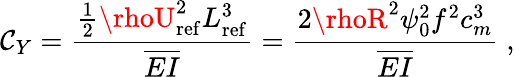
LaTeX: \mathcal{C}_{Y}=\frac{{\frac{{1}}{{2}}\rhoU_{\mathrm{{ref}}}^{2}L_{\mathrm{{ref}}}^{3}}}{{\overline{{{EI}}}}}=\frac{{2\rhoR^{2}\psi_{0}^{2}f^{2}c_{m}^{3}}}{{\overline{{{EI}}}}}\; ,